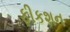
ફીકશન